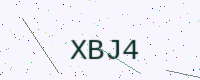
Text: XBJ4